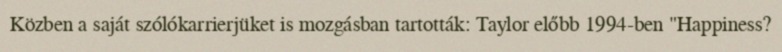
Közben a saját szólókarrierjüket is mozgásban tartották: Taylor előbb 1994-ben "Happiness?